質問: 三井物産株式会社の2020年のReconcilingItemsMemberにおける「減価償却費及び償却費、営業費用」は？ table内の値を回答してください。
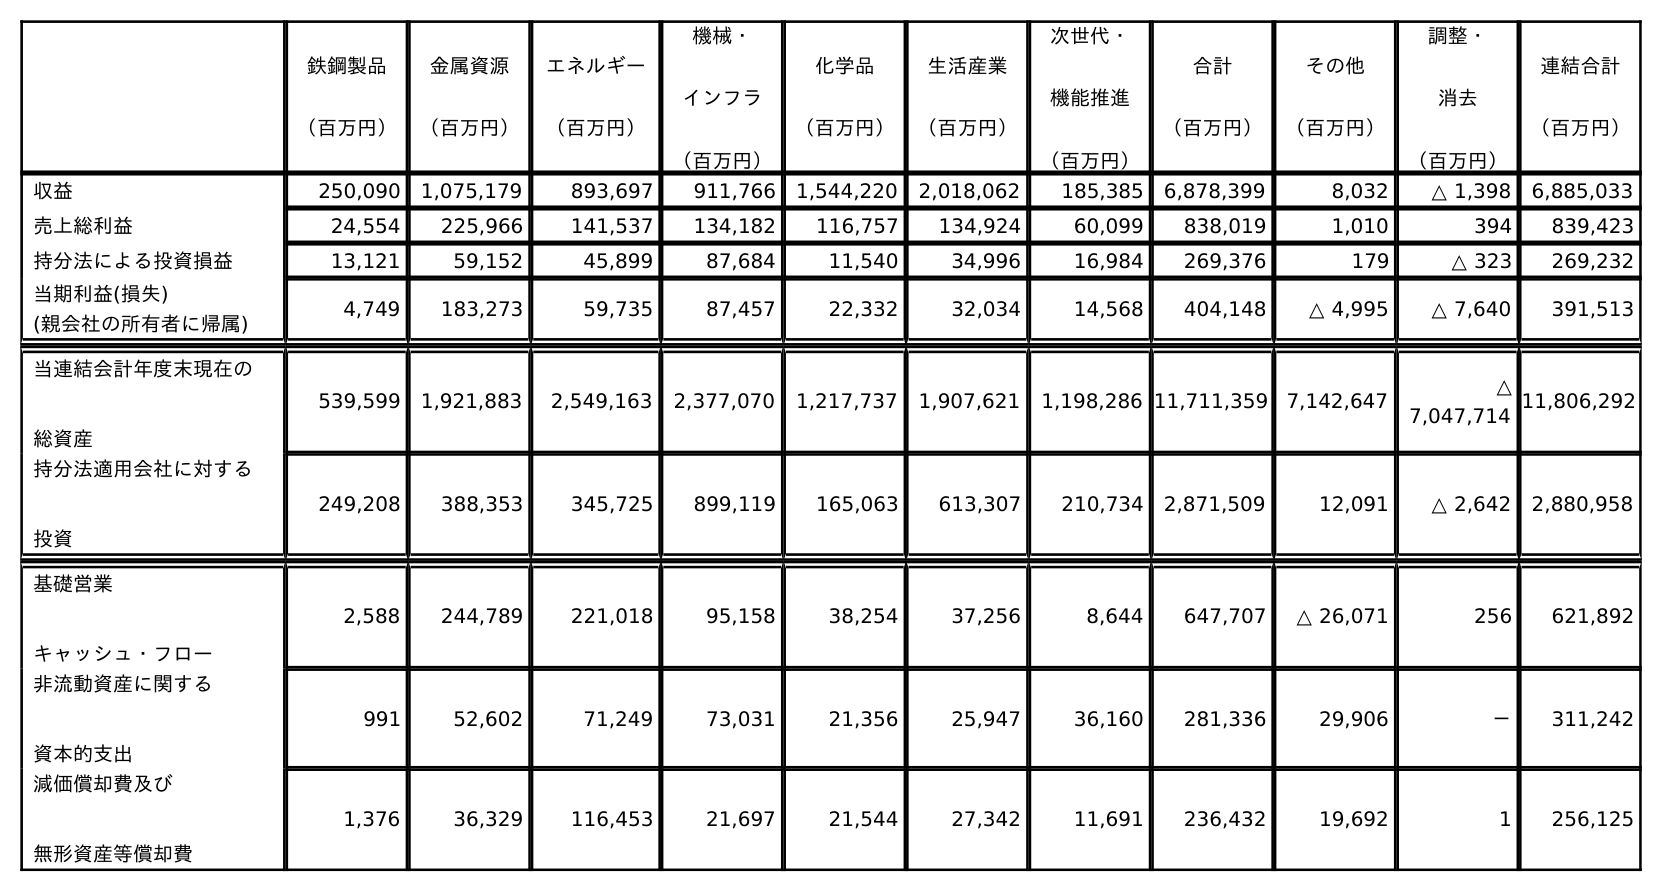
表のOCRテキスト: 鉄鋼製品 （百万円） 金属資源 （百万円） エネルギー （百万円） 機械・ インフラ （百万円） 化学品 （百万円） 生活産業 （百万円） 次世代・ 機能推進 （百万円） 合計 （百万円） その他 （百万円） 調整・ 消去 （百万円） 連結合計 （百万円） 収益 250,090 1,075,179 893,697 911,766 1,544,220 2,018,062 185,385 6,878,399 8,032 △ 1,398 6,885,033 売上総利益 24,554 225,966 141,537 134,182 116,757 134,924 60,099 838,019 1,010 394 839,423 持分法による投資損益 13,121 59,152 45,899 87,684 11,540 34,996 16,984 269,376 179 △ 323 269,232 当期利益(損失)      (親会社の所有者に帰属) 4,749 183,273 59,735 87,457 22,332 32,034 14,568 404,148 △ 4,995 △ 7,640 391,513 当連結会計年度末現在の 総資産 539,599 1,921,883 2,549,163 2,377,070 1,217,737 1,907,621 1,198,286 11,711,359 7,142,647 △ 7,047,714 11,806,292 持分法適用会社に対する 投資 249,208 388,353 345,725 899,119 165,063 613,307 210,734 2,871,509 12,091 △ 2,642 2,880,958 基礎営業 キャッシュ・フロー 2,588 244,789 221,018 95,158 38,254 37,256 8,644 647,707 △ 26,071 256 621,892 非流動資産に関する 資本的支出 991 52,602 71,249 73,031 21,356 25,947 36,160 281,336 29,906 － 311,242 減価償却費及び 無形資産等償却費 1,376 36,329 116,453 21,697 21,544 27,342 11,691 236,432 19,692 1 256,125
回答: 1